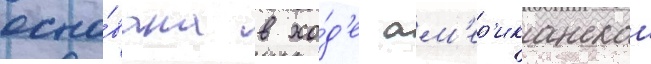
осно́вана в хо́д'е ам'ер'иканскои